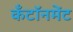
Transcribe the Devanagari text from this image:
कँटॉनमेंट